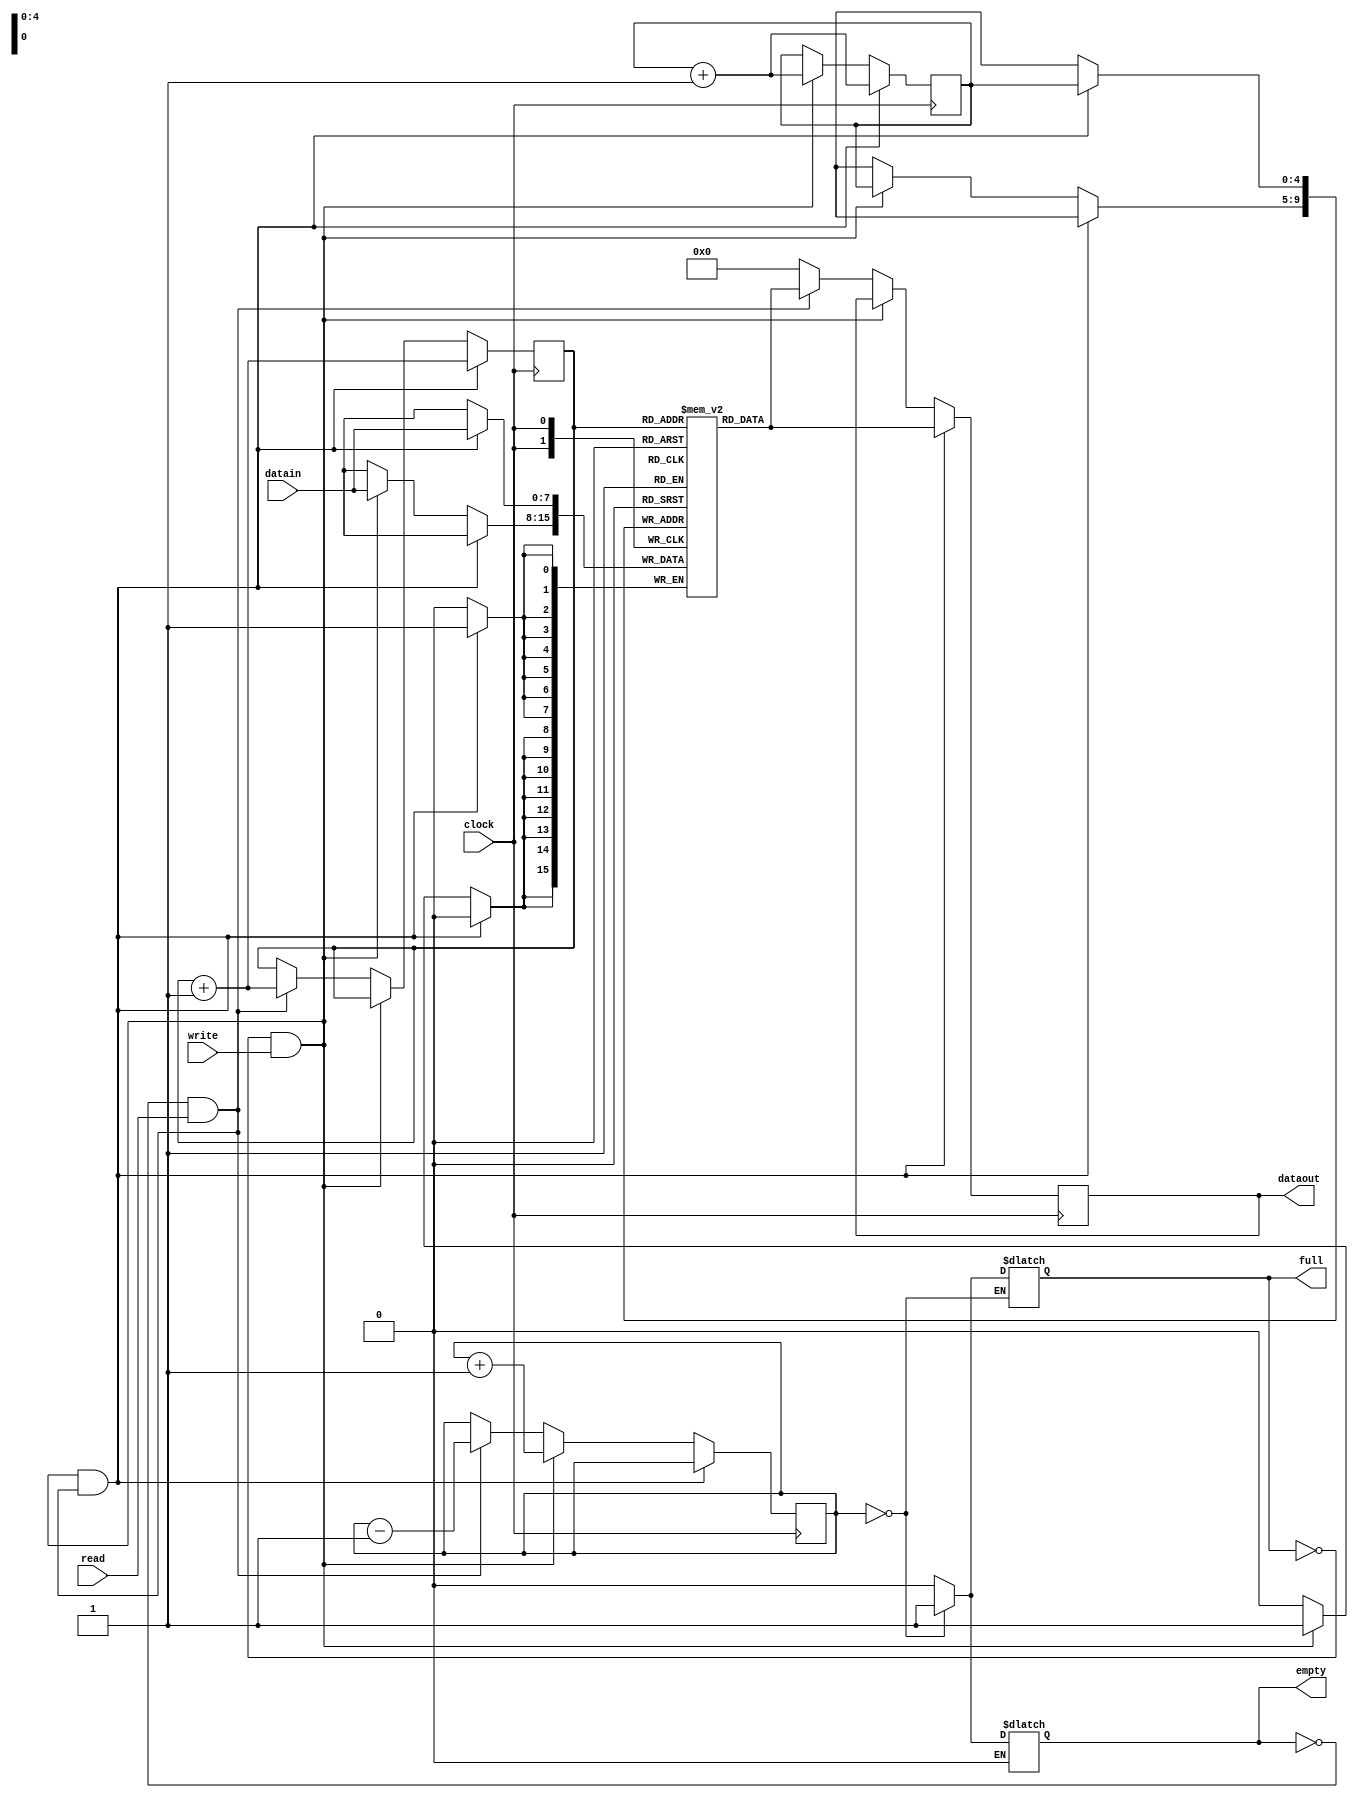
module fifo (
	clock,
	write,
	datain,
	read,
	dataout,
	full,
	empty
	);
	
////////////////////////////////////////////////////////////////////////////////
// Port declarations	
	input clock;
	input write, read;
	input [7:0] datain;
	output [7:0] dataout;
	output full, empty;

////////////////////////////////////////////////////////////////////////////////
	
	reg [7:0] buffer [31:0];
	reg [4:0] wPtr, rPtr;
	reg [5:0] length;
	reg [7:0] dataoutReg;
	reg fullReg, emptyReg;

	wire writeEn, readEn;
	
	assign dataout = dataoutReg;
	assign full = fullReg;
	assign empty = emptyReg;
	
	assign writeEn = ~full & write;
	assign readEn = ~empty & read;
		
	always @(length) begin
		if (length == 5'd0) emptyReg = 1'b1;
		else if (length == 5'd32) fullReg = 1'b1;
		else begin
			emptyReg = 1'b0;
			fullReg = 1'b0;
		end
	end
	
	always @(posedge clock) begin
		if (writeEn && readEn) begin
			buffer[wPtr] <= datain;
			dataoutReg <= buffer[rPtr];
			wPtr <= wPtr + 1'b1;
			rPtr <= rPtr + 1'b1;
		end
		else if (writeEn) begin
			buffer[wPtr] <= datain;
			wPtr <= wPtr + 1'b1;
			length <= length + 1'b1;
		end
		else if (readEn) begin
			dataoutReg <= buffer[rPtr];
			rPtr <= rPtr + 1'b1;
			length <= length - 1'b1;
		end
		else dataoutReg <= 8'b0;
	end
	
endmodule